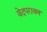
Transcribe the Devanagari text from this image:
वेदपरायण